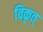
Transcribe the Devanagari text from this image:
विकृत्